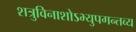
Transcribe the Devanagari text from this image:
शत्रुविनाशोऽभ्युपगन्तव्य